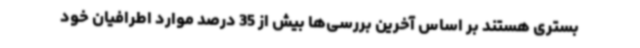
بستری هستند بر اساس آخرین بررسی‌ها بیش از 35 درصد موارد اطرافیان خود